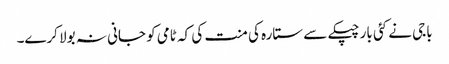
باجی نے کئی بار چپکے سے ستارہ کی منت کی کہ ٹامی کو جانی نہ بولا کرے۔